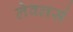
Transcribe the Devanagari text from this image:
लेवलर्स